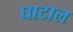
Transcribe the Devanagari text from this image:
घाटाल